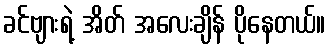
ခင်ဗျားရဲ့ အိတ် အလေးချိန် ပိုနေတယ်။